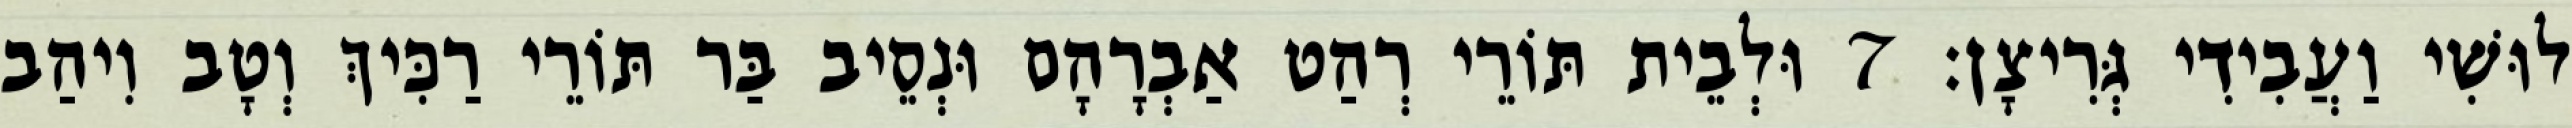
לוּשִׁי וַעֲבִידִי גְּרִיצָן׃ 7 וּלְבֵית תּוֹרֵי רְהַט אַבְרָהָם וּנְסֵיב בַּר תּוֹרֵי רַכִּיךְ וְטָב וִיהַב